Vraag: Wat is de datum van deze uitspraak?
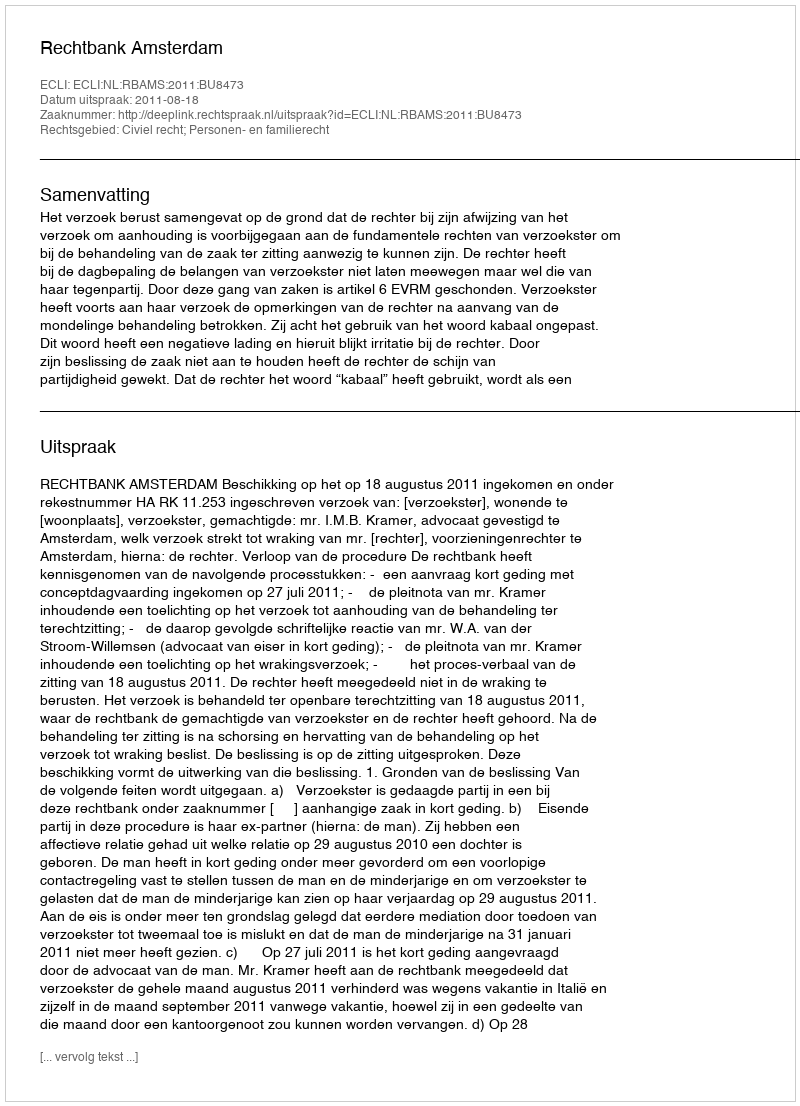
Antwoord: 2011-08-18